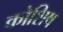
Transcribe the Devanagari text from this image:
कोशिष